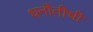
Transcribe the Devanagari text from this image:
धनौतीची